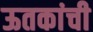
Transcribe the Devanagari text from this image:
ऊतकांची